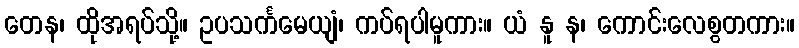
တေန၊ ထိုအရပ်သို့။ ဥပသင်္ကမေယျံ၊ ကပ်ရပါမူကား။ ယံ နူ န၊ ကောင်းလေစွတကား။